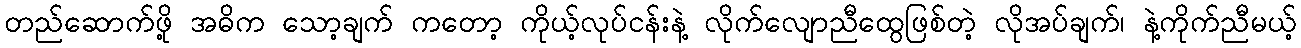
တည်ဆောက်ဖို့ အဓိက သော့ချက် ကတော့ ကိုယ့်လုပ်ငန်းနဲ့ လိုက်လျောညီထွေဖြစ်တဲ့ လိုအပ်ချက်၊ နဲ့ကိုက်ညီမယ့်